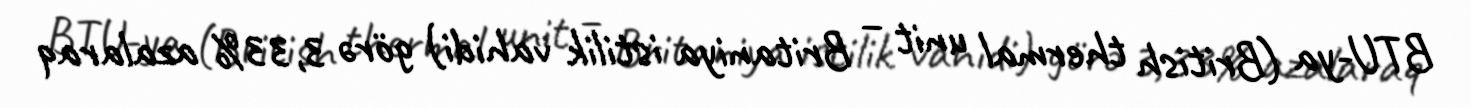
BTU-ya (British thermal unit – Britaniya istilik vahidi) görə 3,33% azalaraq